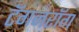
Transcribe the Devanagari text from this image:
टॅगनरॉग